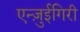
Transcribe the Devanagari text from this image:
एन्ज़ुईगिरी